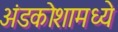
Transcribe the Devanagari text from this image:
अंडकोशामध्ये